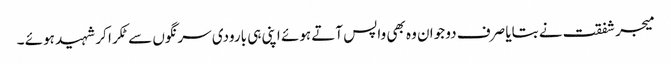
میجر شفقت نے بتایا صرف دو جوان وہ بھی واپس آتے ہوئے اپنی ہی بارودی سرنگوں سے ٹکرا کر شہید ہوئے ۔